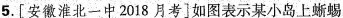
5.[ 安徽淮北一中2018月考 ]如图表示某小岛上蜥蜴